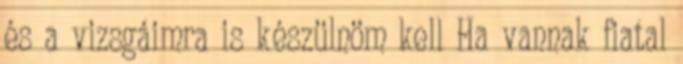
és a vizsgáimra is készülnöm kell Ha vannak fiatal